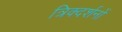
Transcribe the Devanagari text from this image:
त्रिक्दर्शनों